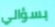
بسؤالي